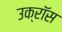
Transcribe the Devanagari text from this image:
उक्रॉस